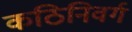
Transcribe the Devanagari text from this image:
कठिनिवर्ग